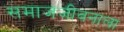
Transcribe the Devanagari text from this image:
समाजजीवनाला